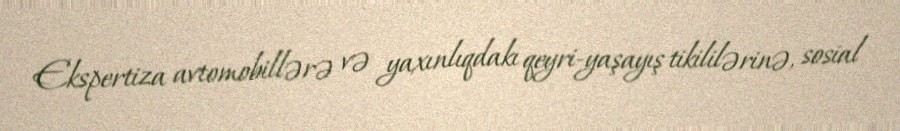
Ekspertiza avtomobillərə və yaxınlıqdakı qeyri-yaşayış tikililərinə, sosial